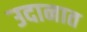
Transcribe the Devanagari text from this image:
उदानात